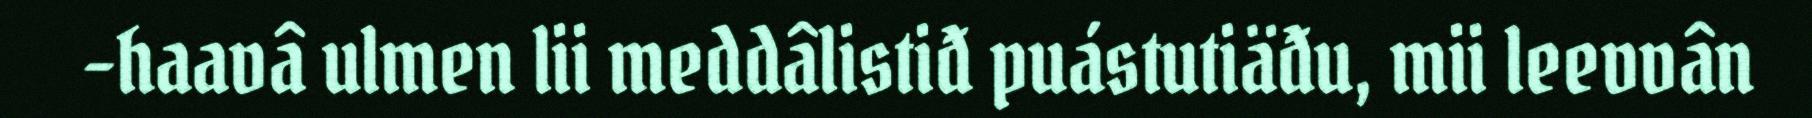
-haavâ ulmen lii meddâlistiđ puástutiäđu, mii leevvân